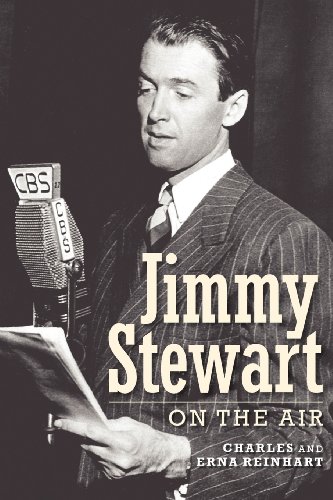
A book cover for Jimmy Stewart On The Air; Charles Reinhart; Humor & Entertainment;